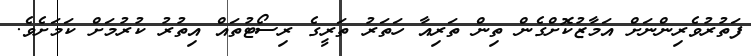
ފަތުރުވެރިންނަށް އަމާޒުކޮށްގެން ތިން ތަރިއާ ހަތަރު ތަރީގެ ރިސޯޓުތައް އިތުރު ކުރުމަށް ކަމަށެވެ.